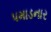
પમાડનાર